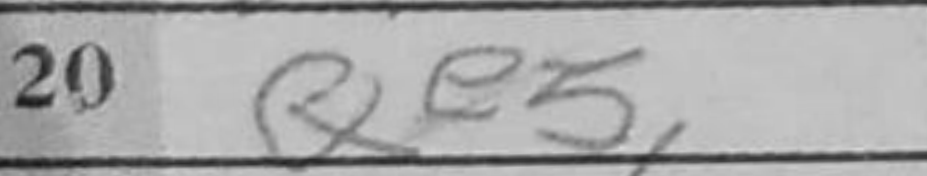
Transcription: Qe5